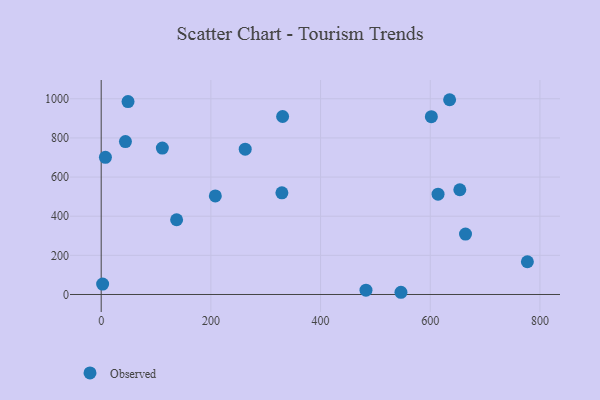
{"axis": {"x": "Study Hours", "y": "Sales"}, "legend": ["Observed"], "data": [{"x": "602.0", "y": 908.7, "type": "Observed"}, {"x": "329.5", "y": 519.3, "type": "Observed"}, {"x": "44.2", "y": 781.1, "type": "Observed"}, {"x": "262.6", "y": 742.4, "type": "Observed"}, {"x": "137.5", "y": 381.8, "type": "Observed"}, {"x": "2.6", "y": 53.1, "type": "Observed"}, {"x": "111.5", "y": 747.9, "type": "Observed"}, {"x": "614.2", "y": 512.8, "type": "Observed"}, {"x": "208.1", "y": 503.5, "type": "Observed"}, {"x": "48.9", "y": 986.0, "type": "Observed"}, {"x": "653.9", "y": 535.3, "type": "Observed"}, {"x": "330.8", "y": 909.6, "type": "Observed"}, {"x": "482.8", "y": 21.9, "type": "Observed"}, {"x": "635.3", "y": 995.2, "type": "Observed"}, {"x": "664.3", "y": 308.6, "type": "Observed"}, {"x": "777.1", "y": 167.4, "type": "Observed"}, {"x": "7.7", "y": 701.1, "type": "Observed"}, {"x": "546.6", "y": 11.3, "type": "Observed"}]}